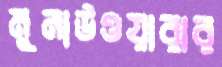
মুনাউওয়ারার